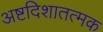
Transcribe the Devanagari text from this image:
अष्टदिशातत्मक